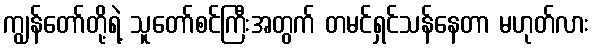
ကျွန်တော်တို့ရဲ့ သူတော်စင်ကြီးအတွက် တမင်ရှင်သန်နေတာ မဟုတ်လား